Vaccination North-Western Provinces 1866-1877 - 1866-1877
Year: 1866
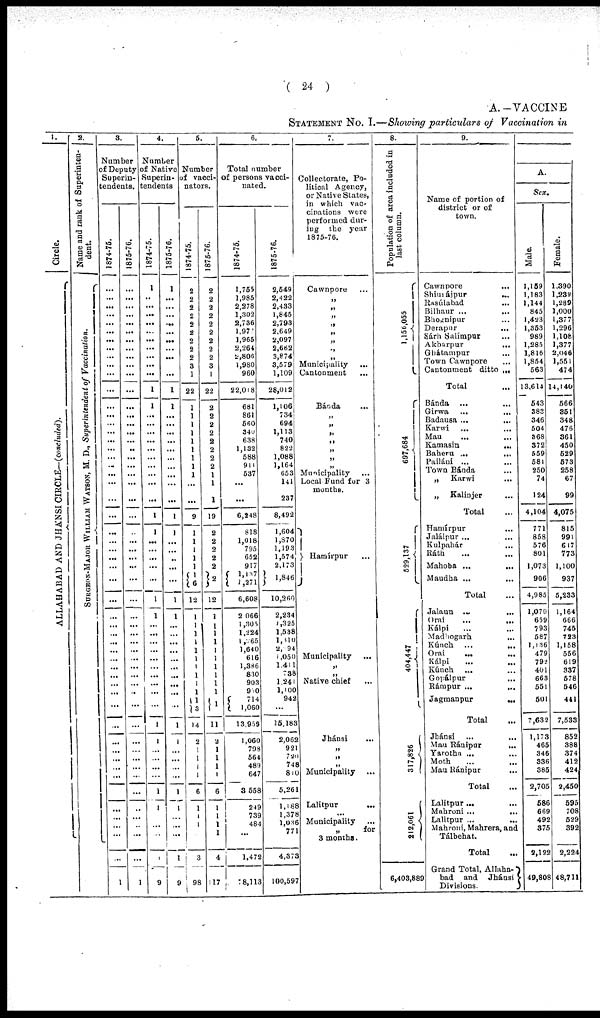
( 24 )
A.— VACCINE
STATEMENT No. I.— Showing particulars of Vaccination in
1.
Circle.
ALLAHABAD AND JHANSI CIRCLE— (concluded).
2.
Name and rank of Superinten¬
dent.
SURGEON-MAJOR WILLIAM WATSON M. D., Superintendent of Vaccination.
3.
Number
of Deputy
Superin-
tendents.
1874-75.
...
...
...
...
...
...
...
...
...
...
...
...
...
...
...
...
...
...
...
...
...
...
...
...
...
...
...
...
...
...
...
...
...
...
...
... ...
...
...
...
...
...
...
...
...
...
...
...
...
...
...
...
...
...
1
1875-76.
...
...
...
...
...
...
...
...
...
...
...
...
...
...
...
...
...
...
...
...
...
...
...
...
...
...
...
...
...
...
...
...
...
...
...
... ...
...
...
...
...
...
...
...
...
...
...
...
...
...
...
...
...
...
1
4.
Number
of Native
Superin¬
tendents.
1874-75.
1
...
...
...
...
...
...
...
...
...
...
1
1
...
...
...
...
...
...
...
...
...
1
1
...
...
...
...
...
1
1
...
...
...
...
...
...
...
...
...
...
1 1
...
...
...
...
1
1
...
...
1
9
1875-76.
1
...
...
...
...
...
...
...
...
...
...
1
1
...
...
...
...
...
...
...
...
...
...
1
1
...
...
...
...
...
1
1
...
...
...
...
...
...
...
...
...
...
1
1
...
...
...
...
1
1
...
...
...
1
9
5.
Number
of vacci¬
nators.
1874-75.
2
2
2
2
2
2
2
2
2
3
1
22
1
1
1
1
1
1
1
1
1
...
...
9
1
1
1
1
1
1
6
12
1
1
1
1
1
1
1
1 1
1
1
3
14
2
1
1
1
1
6
1
1
1
3
98
1875-76.
2
2
2
2
2
2
2
2
2
3
1
22
2
2
2
2
2
2
2
2
1
1
1
19
2
2
2
2
2
2
12
1
1
1
1
1
1
1
1
1
1
1
11
2
1
1
1
1
6
1
1
1
1
4
117
6.
Total number
of persons vacci-
nated.
1874-75.
1,755
1,985
2,278
1,302
2,736
1,977
1,965
2,264
2,806
1,980
960
22,018
681
861
560
340
638
1,132
588
911
537
...
...
6,248
818
1,018
795
652
917
1,137
2,271
6,608
2,066
1,305
1,224
1,265
1,640
616
1,386
830
903
950 714
1,060
13,959
1,060
798
564
489
647
3,558
249
739
484
...
1,472
78,113
1875-76.
2,549
2,422
2,433
1,845
2,793
2,649
2,097
2,662
3,874
3,579
1,109
28,012
1,106
734
694
1,113
740
822
1,088
1,164
653
141
237
8,492
1,604
1,870
1,193
1,574
2,173
1,846
10,260
2,234
1,325
1,538
1,310
2,294
1,050
1,411
738
1,241
1,100
942
...
15,183
2,062
921
720 748
810
5,261
1,188
1,378
1,036
771
4,373
100,597
7.
Collectorate, Po-
litical Agency,
or Native States,
in which vac-
cinations were
performed dur-
ing the year
1875-76.
Cawnpore ...
„
„
„
„
„
„
„
„
Municipality ...
Cantonment ...
Bánda ...
„
„
„
„
„
„
„ Municipality ...
Local Fund for 3
months.
Hamírpur ...
Municipality ...
„
„
Native chief ...
Jhánsi ...
„
„
„ Municipality ...
Lalitpur
...
...
Municipality ...
„ for
3 months.
8.
Population of area included in
last column.
1,156,055
697,684
529,137
404,447
317,826
212,061
6,403,889
9.
Name of portion of
district or of
town.
Cawnpore ... ...
Shimájpur
...
...
Rasúlabad ... ...
Bilhaur ... ...
Bhognipur ... ...
Derapur
...
...
Sárh Salímpur ... ...
Akbarpur ... ...
Ghátampur ... ...
Town Cawnpore
...
Cantonment ditto ...
Total ...
Bánda ... ...
Girwa
...
...
Badausa
...
...
Karwi
...
...
Mau ... ...
Kamasin
...
...
Baheru ... ...
Pailáni ... ...
Town Bánda ... ...
„
Karwi ... ...
„ Kalinjer ... ...
Total ...
Hamírpur ... ...
Jalálpur ... ...
Kulpahár ... ...
Ráth ... ...
Mahoba
...
...
Maudha
...
...
Total ...
Jalaun ... ...
Orai ... ...
Kálpi ... ...
Madhogarh ... ...
Kúnch ... ...
Orai ... ...
Kálpi ... ...
Kúnch ... ...
Gopálpur ... ...
Rámpur ... ...
Jagmanpur
...
...
Total ...
Jhánsi ... ...
Mau Ránipur ... ...
Yarotha ... ...
Moth ... ...
Mau Ránipur ... ...
Total ... ...
Lalitpur
...
...
Mahroni
...
...
Lalitpur ... ...
Mahroni, Mahrera, and
Tálbehat.
Total
Grand Total, Allaha¬
bad and Jhánsi
Divisions.
A.
Sex.
Male.
1,159
1,183
1,144
845
1,423
1,353
989
1,285
1,816
1,854
563
13,614
543
383
346
504
368
372
559
581
250
74
124
4,104
771
858
576 801
1,073
906
4,985
1,070
659
793
587
1,136 479
792
401
663
551
501
7,632
1,173
465
346
336
385
2,705
586
669
492
375
2,122
49,808
Female.
1,390
1,239
1,289
1,000
1,377
1,296
1,108
1,377
2,046
1,551
474
14,140
566
351
348
476
361
450
529
573
258
67
99
4,075
815
991
617
773
1,100
937
5,233
1,164
666
745
723
1,158 556
619
337 578
546
441
7,533
852
388
374
412
424
2,450
595
708
529
392
2,224
48,711